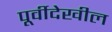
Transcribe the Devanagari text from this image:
पूर्वीदेखील